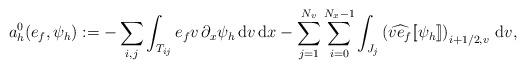
LaTeX: \begin{align*}a_h^0(e_f,\psi_h) := -\sum_{i,j}\int_{T_{ij}}e_f v\,\partial_x\psi_h\,{\rm d}v\,{\rm d}x-\sum_{j = 1}^{N_v}\sum_{i = 0}^{N_x-1}\int_{J_j}\left(\widehat{v e_f}[\![\psi_h]\!]\right)_{i+1/2,v}\,{\rm d}v,\end{align*}